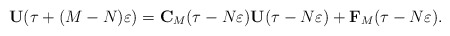
\begin{align*}\mathbf{U}(\tau+(M-N)\varepsilon)=\mathbf{C}_M(\tau-N\varepsilon)\mathbf{U}(\tau-N\varepsilon)+\mathbf{F}_M(\tau-N\varepsilon).\end{align*}